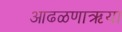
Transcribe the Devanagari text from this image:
आढळणाऋया